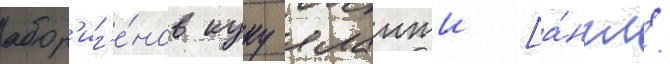
абор'иг'е́нов куку яланжи [а́нгл.